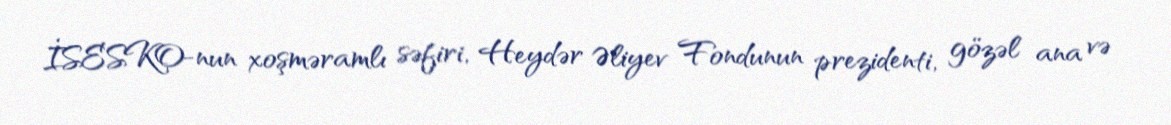
İSESKO-nun xoşməramlı səfiri, Heydər Əliyev Fondunun prezidenti, gözəl ana və